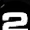
Digit: 2